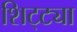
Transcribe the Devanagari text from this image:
शिट्ट्या